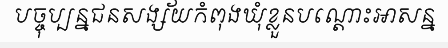
បច្ចុប្បន្នជនសង្ស័យកំពុងឃុំខ្លួនបណ្តោះអាសន្ន